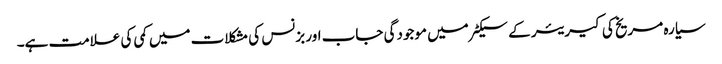
سیارہ مریخ کی کیریئر کے سیکٹر میں موجودگی جاب اور بزنس کی مشکلات میں کمی کی علامت ہے۔